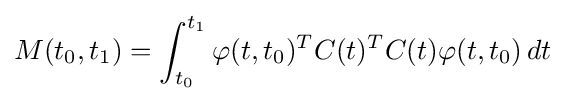
M(t_{0},t_{1})=\int _{t_{0}}^{t_{1}}\varphi (t,t_{0})^{T}C(t)^{T}C(t)\varphi (t,t_{0})\,dt